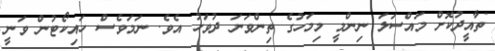
ތާއީދުކޮށް މައްސަލަ ނިންމީ މިމަހުގެ ތިންވަނަ ދުވަހު އެވެ. ނަމަވެސް ހައިކޯޓުން ވަނީ